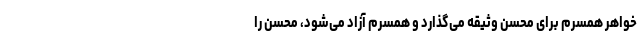
خواهر همسرم برای محسن وثیقه می‌گذارد و همسرم آزاد می‌شود، محسن را